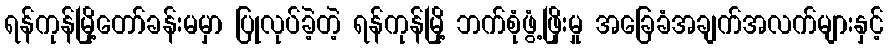
ရန်ကုန်မြို့တော်ခန်းမမှာ ပြုလုပ်ခဲ့တဲ့ ရန်ကုန်မြို့ ဘက်စုံဖွံ့ဖြိုးမှု အခြေခံအချက်အလက်များနှင့်